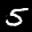
Label: 5